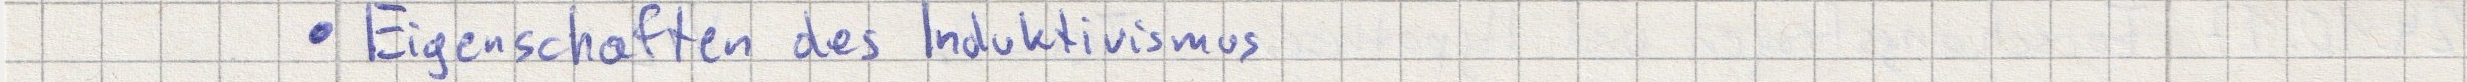
- Eigenschaften des Induktivismus